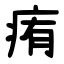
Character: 痏